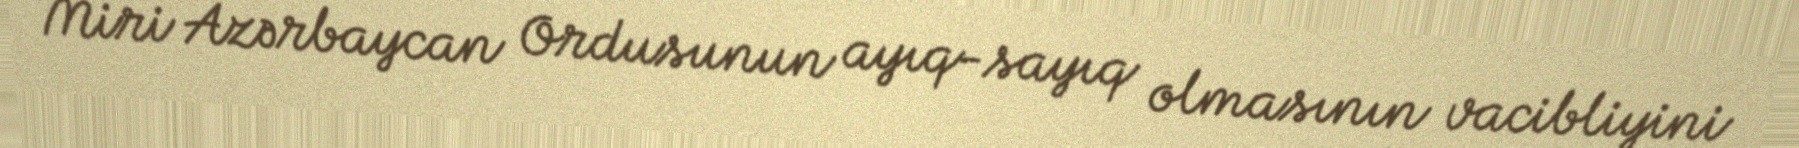
Miri Azərbaycan Ordusunun ayıq-sayıq olmasının vacibliyini